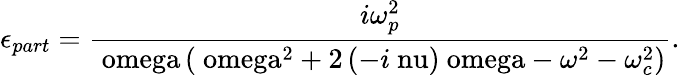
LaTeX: \epsilon_{part}=\frac{i\omega_{p}^{2}}{\mathrm{\ omega}\left(\mathrm{\ omega}^{2}+2\left(-i\mathrm{\ nu}\right)\mathrm{\ omega}-\mathrm{}\omega^{2}-\omega_{c}^{2}\right)}.